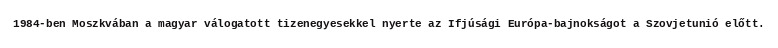
1984-ben Moszkvában a magyar válogatott tizenegyesekkel nyerte az Ifjúsági Európa-bajnokságot a Szovjetunió előtt.